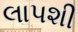
લાપશી